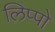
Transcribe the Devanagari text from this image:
लिप्पो